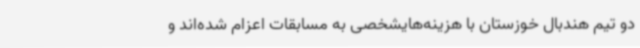
دو تیم هندبال خوزستان با هزینه‌هایشخصی به مسابقات اعزام شده‌اند و